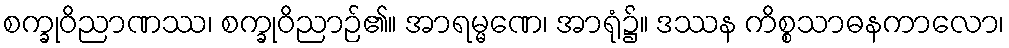
စက္ခုဝိညာဏဿ၊ စက္ခုဝိညာဉ်၏။ အာရမ္မဏေ၊ အာရုံ၌။ ဒဿန ကိစ္စသာဓနကာလော၊